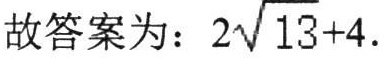
故答案为：\(2\sqrt{13}+4\)